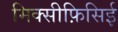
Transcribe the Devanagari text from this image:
मिक्सीफ़िसिई